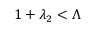
1 + \lambda _ { 2 } < { \Lambda }